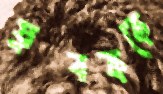
যুবককে